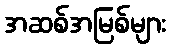
အဆစ်အမြစ်များ